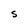
Character: S